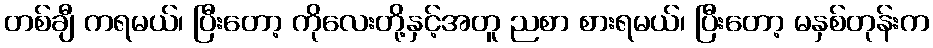
တစ်ချီ ကရမယ်၊ ပြီးတော့ ကိုလေးတို့နှင့်အတူ ညစာ စားရမယ်၊ ပြီးတော့ မနှစ်တုန်းက